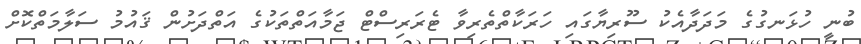
ބުނީ ހުޅަނގުގެ މަދަދާއެކު ސޫރިޔާގައި ހަރަކާތްތެރިވާ ޓެރަރިސްޓް ޖަމާއަތްތަކުގެ އަތްދަށުން ޤައުމު ސަލާމަތްކޮށް